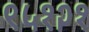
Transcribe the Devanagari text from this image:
९५१२१